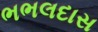
ભભલદાસ